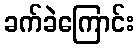
ခက်ခဲကြောင်း